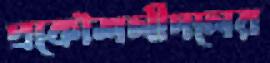
প্রকৌশলীদলের